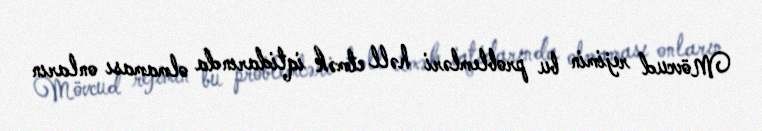
Mövcud rejimin bu problemləri həll etmək iqtidarında olmaması onların